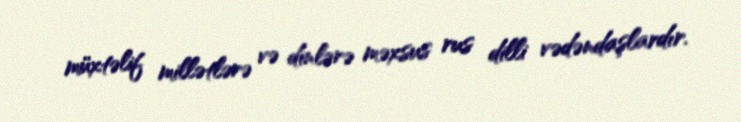
müxtəlif millətlərə və dinlərə məxsus rus dilli vədəndaşlardır.